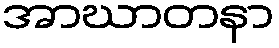
အာဃာတနာ